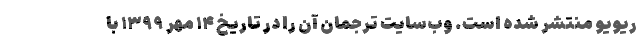
ریویو منتشر شده است. وب‌سایت ترجمان آن را در تاریخ ۱۴ مهر ۱۳۹۹ با